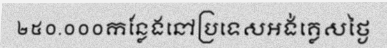
២៥០.០០០កន្លែងនៅប្រទេសអង់គ្លេសថ្ងៃ